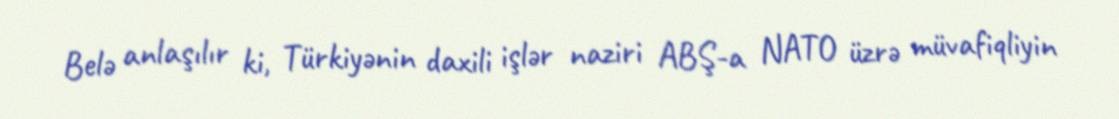
Belə anlaşılır ki, Türkiyənin daxili işlər naziri ABŞ-a NATO üzrə müvafiqliyin